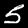
Digit: 5